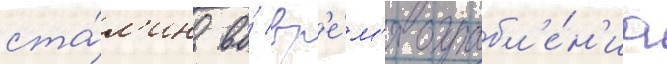
ста́л'ин во́ вр'е́м'я ограбл'е́н'иа